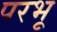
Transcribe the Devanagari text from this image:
परभू